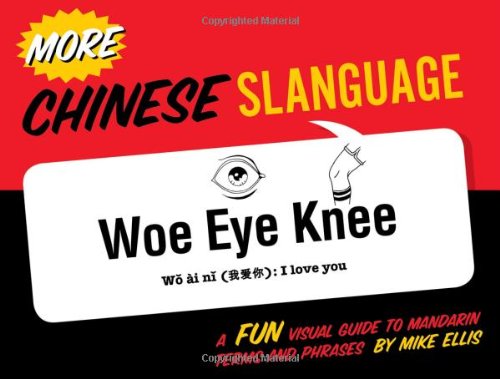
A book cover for More Chinese Slanguage (English and Chinese Edition); Mike Ellis; Reference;